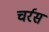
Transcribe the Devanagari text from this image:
चर्रस